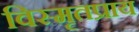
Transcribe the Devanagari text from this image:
विस्मृतप्राय